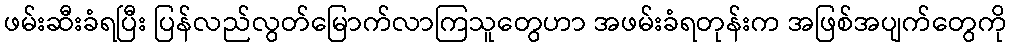
ဖမ်းဆီးခံရပြီး ပြန်လည်လွတ်မြောက်လာကြသူတွေဟာ အဖမ်းခံရတုန်းက အဖြစ်အပျက်တွေကို